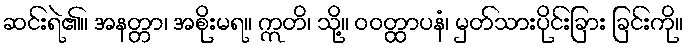
ဆင်းရဲ၏။ အနတ္တာ၊ အစိုးမရ။ ဣတိ၊ သို့။ ဝဝတ္ထာပနံ၊ မှတ်သားပိုင်းခြား ခြင်းကို။